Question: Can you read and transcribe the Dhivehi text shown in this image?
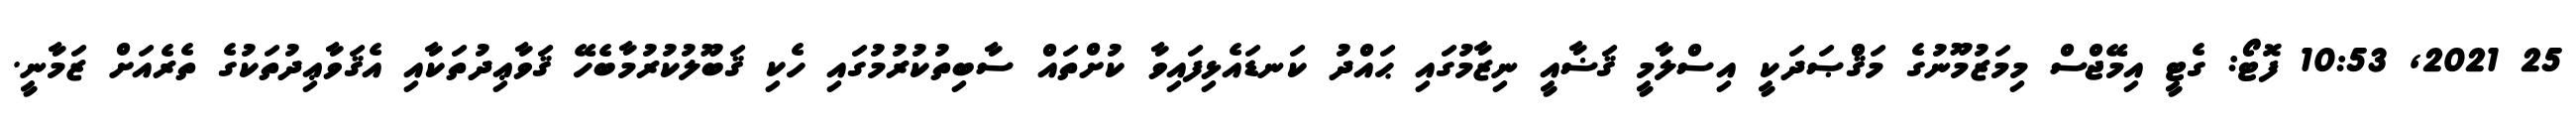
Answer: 25 2021, 10:53 ފޮޓޯ: ގެޓީ އިމޭޖްސް މިމަޒުމޫނުގެ މަޤްޞަދަކީ އިސްލާމީ ޤަޟާއީ ނިޒާމުގައި ޙައްދު ކަނޑައެޅިފައިވާ ކުށްތައް ސާބިތުކުރުމުގައި ހެކި ޤަބޫލުކުރުމާބެހޭ ޤަވާޢިދުތަކާއި އެޤަވާޢިދުތަކުގެ ތެރެއަށް ޒަމާނީ.